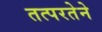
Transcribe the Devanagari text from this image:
तत्‍परतेने